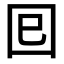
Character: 𡆳